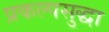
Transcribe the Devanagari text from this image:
प्रकल्पसुद्धा